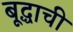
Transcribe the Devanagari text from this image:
बूद्धाची